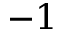
{ - 1 }